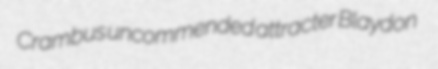
Crambus uncommended attracter Blaydon